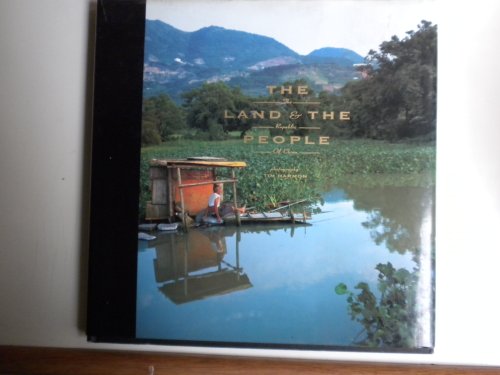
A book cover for The Land & the People: The Republic of China; Travel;